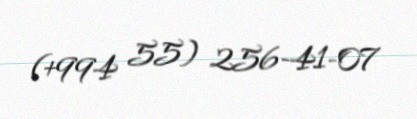
(+994 55) 256-41-07